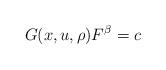
LaTeX: \begin{align*}G(x,u,\rho)F^\beta=c\end{align*}